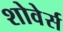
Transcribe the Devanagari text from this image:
शोवेर्स